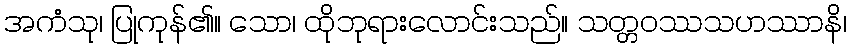
အကံသု၊ ပြုကုန်၏။ သော၊ ထိုဘုရားလောင်းသည်။ သတ္တဝဿသဟဿာနိ၊